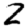
Digit: 2